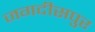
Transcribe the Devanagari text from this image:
जगदीसपुर